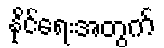
နိုင်ရေးအတွက်